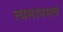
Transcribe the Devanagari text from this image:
त्वमापस्त्वं